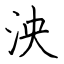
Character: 泱